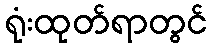
ရုံးထုတ်ရာတွင်